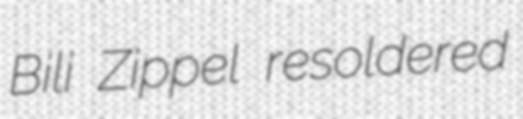
Bili Zippel resoldered